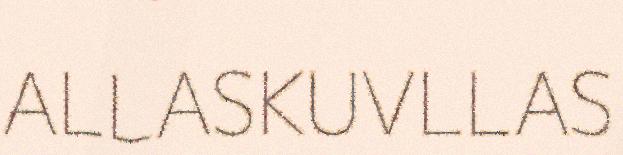
ALLASKUVLLAS